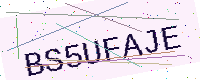
Text: BS5UFAJE